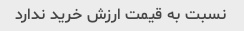
نسبت به قیمت ارزش خرید ندارد